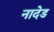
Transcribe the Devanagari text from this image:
नादेड